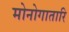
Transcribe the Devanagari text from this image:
मोनोगातारि